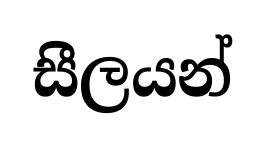
සීලයන්